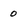
Character: o